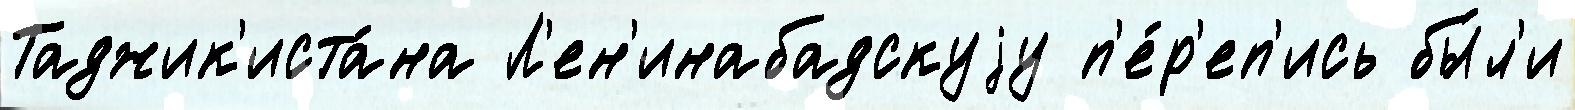
Таджик'иста́на Л'ен'инабадскуjу п'е́р'еп'ись бы́л'и